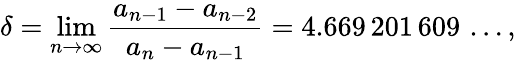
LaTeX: \delta=\operatorname*{lim}_{n\to\infty}{\frac{a_{n-1}-a_{n-2}}{a_{n}-a_{n-1}}}=4.669\, 201\, 609\, \ldots,